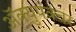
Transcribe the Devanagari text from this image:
ॲक्युपंक्चर